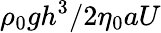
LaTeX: {\rho_{0}gh^{3}}/{2\eta_{0}aU}